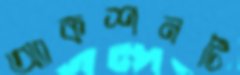
অ্যাকশনটি